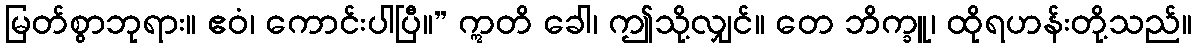
မြတ်စွာဘုရား။ ဧဝံ၊ ကောင်းပါပြီ။” ဣတိ ခေါ၊ ဤသို့လျှင်။ တေ ဘိက္ခူ၊ ထိုရဟန်းတို့သည်။